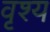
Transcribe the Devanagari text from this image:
वृश्य